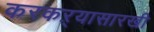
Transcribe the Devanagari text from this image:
करकऱ्यासारखी